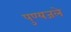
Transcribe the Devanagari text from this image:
पुण्यजले